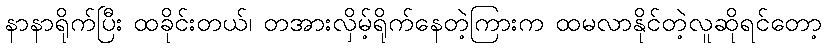
နာနာရိုက်ပြီး ထခိုင်းတယ်၊ တအားလှိမ့်ရိုက်နေတဲ့ကြားက ထမလာနိုင်တဲ့လူဆိုရင်တော့